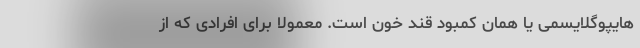
هایپوگلایسمی یا همان کمبود قند خون است. معمولا برای افرادی که از